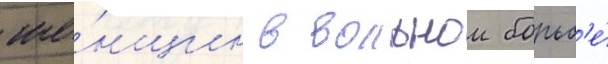
же́нщин в вольнои борьб'е́